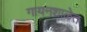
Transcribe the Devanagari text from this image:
गायनशाळेत